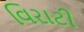
વિરાટી